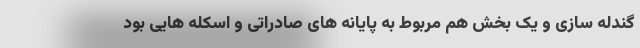
گندله سازی و یک بخش هم مربوط به پایانه های صادراتی و اسکله هایی بود